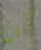
ألن